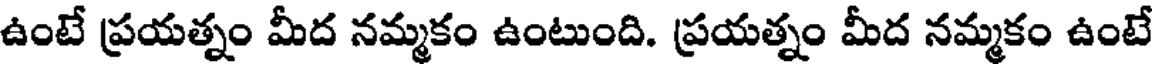
ఉంటే ప్రయత్నం మీద నమ్మకం ఉంటుంది. ప్రయత్నం మీద నమ్మకం ఉంటే